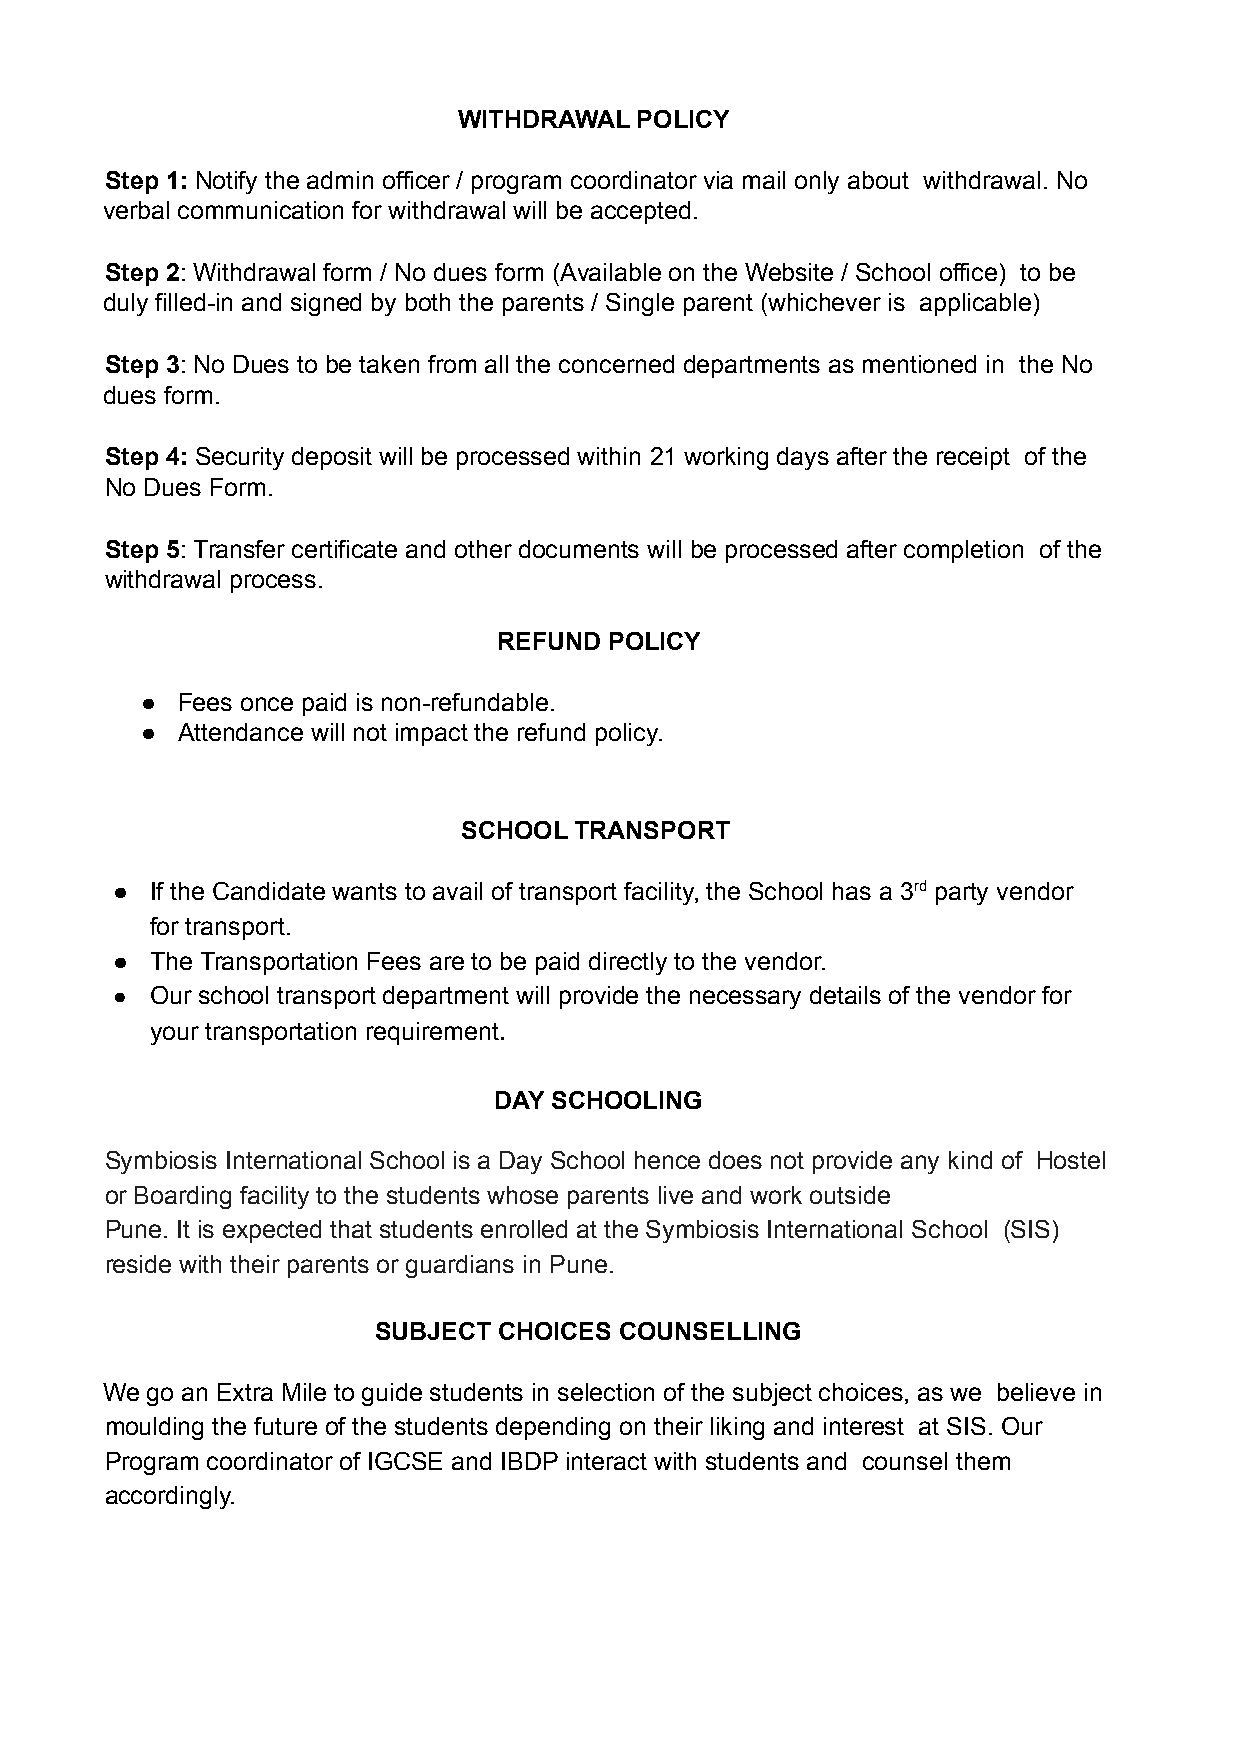
WITHDRAWAL  POLICY
 Step 1: Notify the admin officer / program coordinator via mail only about withdrawal. No
 verbal communication for withdrawal will be accepted.
 Step 2: Withdrawal form / No dues form (Available on the Website / School office) to be
 duly filled-in and signed by both the parents / Single parent (whichever is applicable)
 Step 3: No Dues to be taken from all the concerned departments as mentioned in the No
 dues form.
 Step 4: Security deposit will be processed within 21 working days after the receipt of the
 No Dues Form.
 Step 5: Transfer certificate and other documents will be processed after completion of the
 withdrawal process.
 REFUND POLICY
 ●  Fees once paid is non-refundable.
 ●  Attendance will not impact the refund policy.
 SCHOOL TRANSPORT
 ●  If the Candidate wants to avail of transport facility, the School has a 3rd party vendor
 for transport.
 ●  The Transportation Fees are to be paid directly to the vendor.
 ●  Our school transport department will provide the necessary details of the vendor for
 your transportation requirement.
 DAY SCHOOLING
 Symbiosis International School is a Day School hence does not provide any kind of Hostel
 or Boarding facility to the students whose parents live and work outside
 Pune. It is expected that students enrolled at the Symbiosis International School (SIS)
 reside with their parents or guardians in Pune.
 SUBJECT CHOICES COUNSELLING
 We go an Extra Mile to guide students in selection of the subject choices, as we believe in
 moulding the future of the students depending on their liking and interest at SIS. Our
 Program coordinator of IGCSE and IBDP interact with students and counsel them
 accordingly.